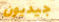
جيديون